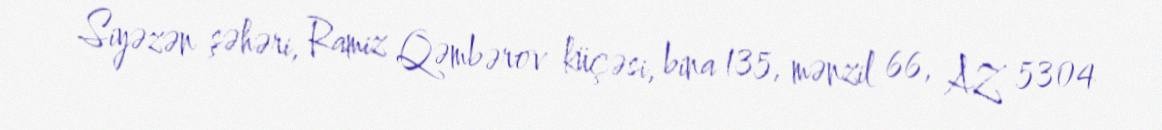
Siyəzən şəhəri, Ramiz Qəmbərov küçəsi, bina 135, mənzil 66, AZ 5304